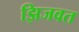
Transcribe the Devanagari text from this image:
झिजवत